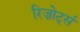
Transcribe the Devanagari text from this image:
रिज़ोर्ट्स